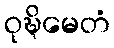
ဝုဍ္ဎိမေတံ